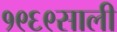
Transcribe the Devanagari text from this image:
१९६९साली